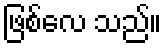
ဖြစ်လေ သည်။